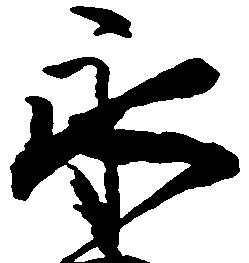
永